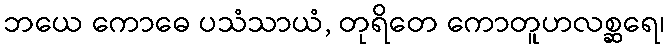
ဘယေ ကောဓေ ပသံသာယံ, တုရိတေ ကောတူဟလစ္ဆရေ၊